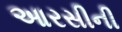
આરસીની